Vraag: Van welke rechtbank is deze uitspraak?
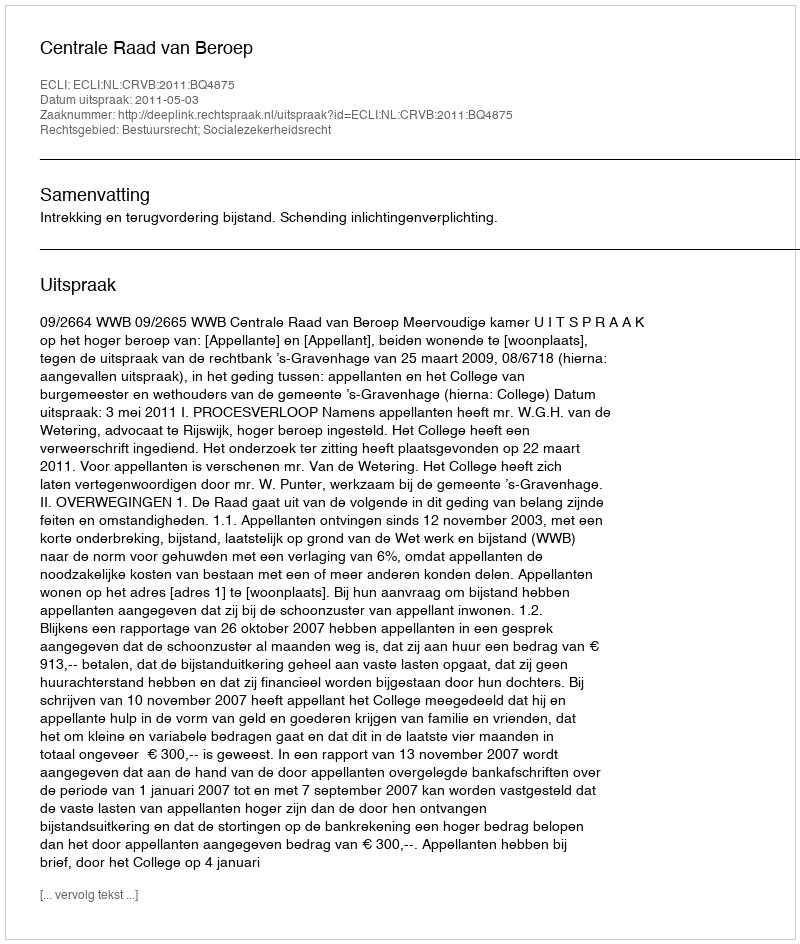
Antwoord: Centrale Raad van Beroep